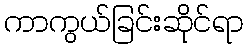
ကာကွယ်ခြင်းဆိုင်ရာ